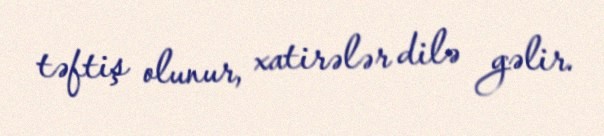
təftiş olunur, xatirələr dilə gəlir.